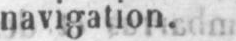
navigation.